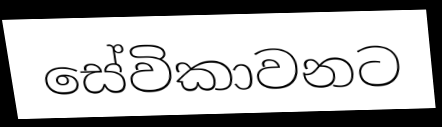
සේවිකාවනට